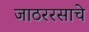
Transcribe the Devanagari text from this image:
जाठररसाचे